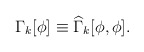
\begin{align*}\Gamma_k[\phi]\equiv\widehat{\Gamma}_k[\phi,\phi].\end{align*}